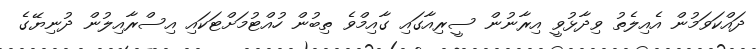
ދައްކަވަމުން އެއިލެތު ވިދާޅުވީ އިރާނުން ސީރިއާގައި ގާއިމްވެ ތިބުން ހުއްޓުމަށްޓަކައި އިސްރާއިލުން ދުނިޔޭގެ